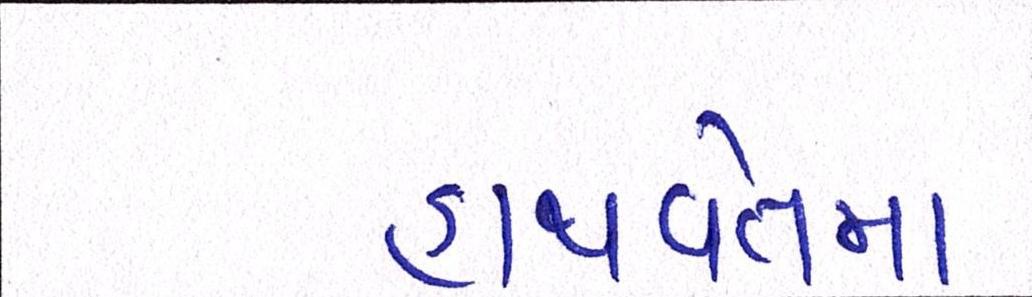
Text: હાથવેતમા